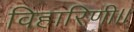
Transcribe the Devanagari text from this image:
विहारिणी।।